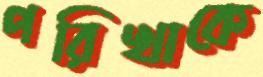
পরিখাকে